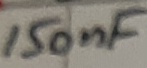
Text: 150nF